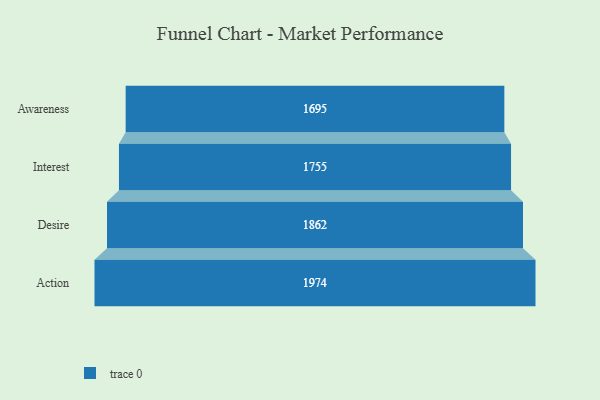
{"axis": {"x": "Stage", "y": "Value"}, "legend": [""], "data": [{"x": "Awareness", "y": 1695.0, "type": ""}, {"x": "Interest", "y": 1755.0, "type": ""}, {"x": "Desire", "y": 1862.0, "type": ""}, {"x": "Action", "y": 1974.0, "type": ""}]}